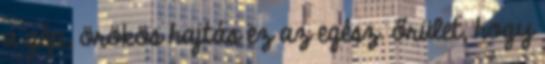
a gép, örökös hajtás ez az egész. őrület, hogy